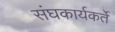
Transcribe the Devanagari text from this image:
संघकार्यकर्ते